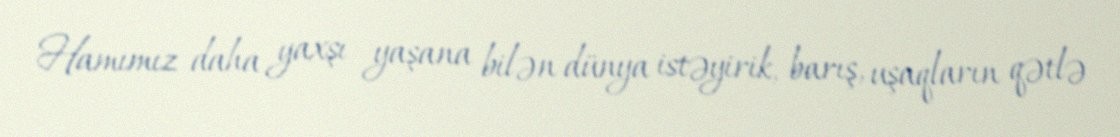
Hamımız daha yaxşı yaşana bilən dünya istəyirik, barış, uşaqların qətlə